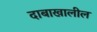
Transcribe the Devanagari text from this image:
दाबाखालील